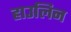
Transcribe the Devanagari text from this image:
हाउलिन